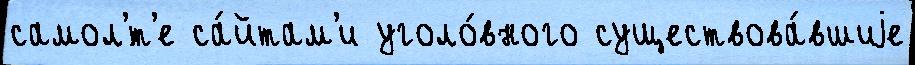
самол'́т'е са́йтам'и уголо́вного существова́вшиjе